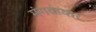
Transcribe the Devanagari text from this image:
मंगवाया।